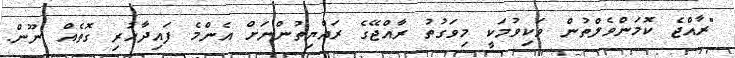
"ރާއްޖެ ކޮމަންވެލްތުން ވަކިވުމަކީ މިވަގުތު ރާއްޖޭގެ ރައްޔިތުންނަށް އެންމެ ފައިދާހުރި ގޮތެއް ނޫން.